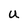
Character: U